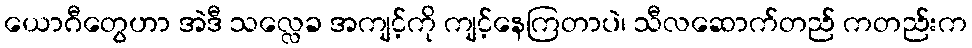
ယောဂီတွေဟာ အဲဒီ သလ္လေခ အကျင့်ကို ကျင့်နေကြတာပဲ၊ သီလဆောက်တည် ကတည်းက